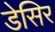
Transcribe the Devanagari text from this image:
डेसिर